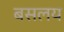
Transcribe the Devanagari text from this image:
बसलय